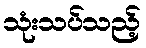
သုံးသပ်သည့်